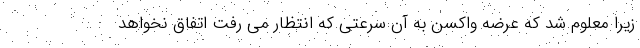
زیرا معلوم شد که عرضه واکسن به آن سرعتی که انتظار می رفت اتفاق نخواهد